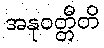
အနုဝတ္တီတိ